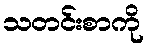
သတင်းစာကို